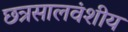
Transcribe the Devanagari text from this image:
छत्रसालवंशीय